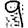
Digit: 9